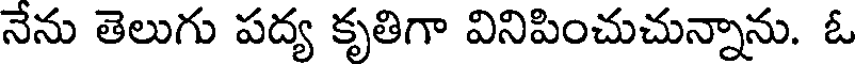
నేను తెలుగు పద్య కృతిగా వినిపించుచున్నాను. ఓ